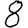
Digit: 8